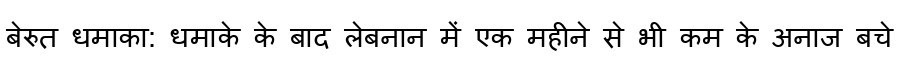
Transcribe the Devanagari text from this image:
बेरुत धमाका: धमाके के बाद लेबनान में एक महीने से भी कम के अनाज बचे